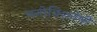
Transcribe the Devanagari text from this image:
मनोविश्लेषी